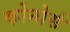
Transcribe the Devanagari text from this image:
कोनोर्स